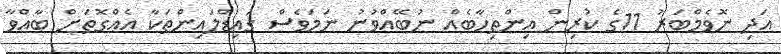
އަދި ނޮވެމްބަރު 11ގެ ކުރިން އިންތިހާބެއް ނުބޭއްވުނު ނަމަވެސް ގައިޑްލައިންތަކާ އެއްގޮތަށް ބާއްވާ